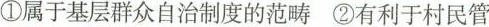
①属于基层群众自治制度的范畴②有利于村民管